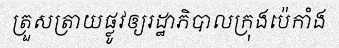
ត្រួសត្រាយផ្លូវឲ្យរដ្ឋាភិបាលក្រុងប៉េកាំង